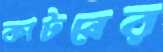
কাটনের